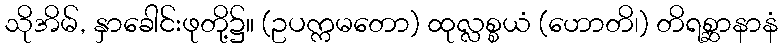
သိုအိမ်, နှာခေါင်းဖုတို့၌။ (ဥပက္ကမတော) ထုလ္လစ္စယံ (ဟောတိ၊) တိရစ္ဆာနာနံ